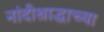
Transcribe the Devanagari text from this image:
नांदीश्राद्धाच्या